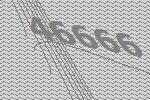
46666